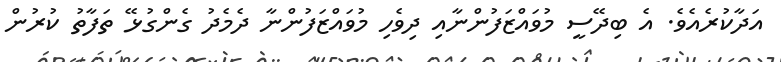
އަދާކުރެއެވެ. އެ ބިދޭސީ މުވައްޒަފުންނާއި ދިވެހި މުވައްޒަފުންނާ ދެމެދު ގެންގުޅޭ ތަފާތު ކުރުން